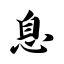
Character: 息